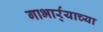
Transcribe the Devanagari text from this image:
गाभार्र्‍याच्या